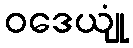
ဝဒေယျုံ